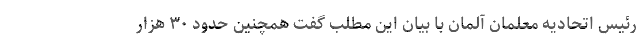
رئیس اتحادیه معلمان آلمان با بیان این مطلب گفت همچنین حدود ۳۰ هزار